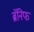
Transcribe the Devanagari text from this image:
ब्रॅनिफ